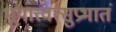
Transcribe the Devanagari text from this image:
भूयात्त्वत्सुप्रभातं